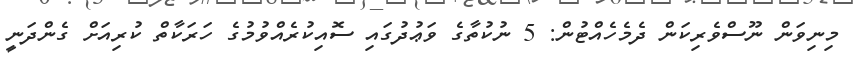
މިނިވަން ނޫސްވެރިކަން ދެމެހެއްޓުން: 5 ނުކުތާގެ ވަޢުދުގައި ސޮއިކުރެއްވުމުގެ ހަރަކާތް ކުރިއަށް ގެންދަނީ